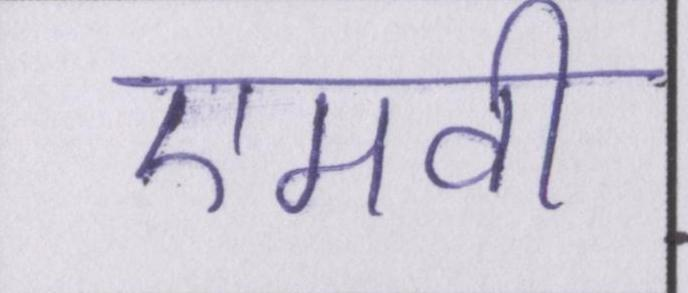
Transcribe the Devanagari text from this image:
एमवी